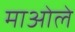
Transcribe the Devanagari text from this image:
माओले